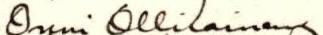
Onni Ollilainen